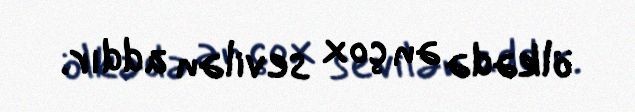
ölkədə ən çox sevilən addır.